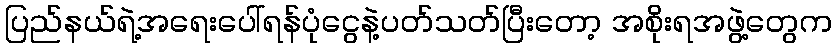
ပြည်နယ်ရဲ့အရေးပေါ်ရန်ပုံငွေနဲ့ပတ်သတ်ပြီးတော့ အစိုးရအဖွဲ့တွေက